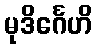
မုဒိင်္ဂေဟိ